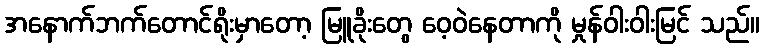
အနောက်ဘက်တောင်ရိုးမှာတော့ မြူခိုးတွေ ဝေ့ဝဲနေတာကို မှုန်ဝါးဝါးမြင် သည်။